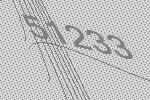
51233